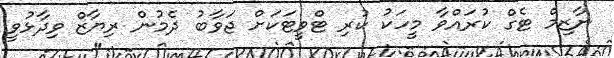
ނާޒިމް ޓެގް ކުރައްވާ މީހަކު ކުރި ޓްވީޓަކަށް ޖަވާބު ދެމުން ރިޔާޒް ވިދާޅުވީ